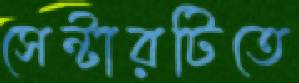
সেন্টারটিতে